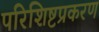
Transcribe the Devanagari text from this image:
परिशिष्टप्रकरण